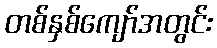
တစ်နှစ်ကျော်အတွင်း